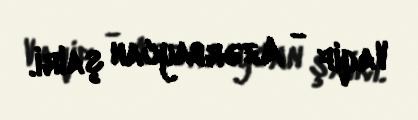
Vaqif - Azərbaycan şairi.